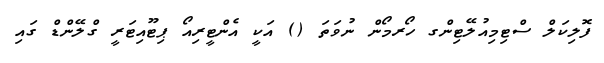
ފޮލިކަލް ސްޓިމިއުލޭޓިންގ ހޯރމޯން ނުވަތަ () އަކީ އެންޓީރިއޯ ޕިޓޫއިޓަރީ ގްލޭންޑް ގައި